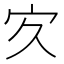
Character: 㝌